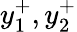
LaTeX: y_{1}^{+},y_{2}^{+}